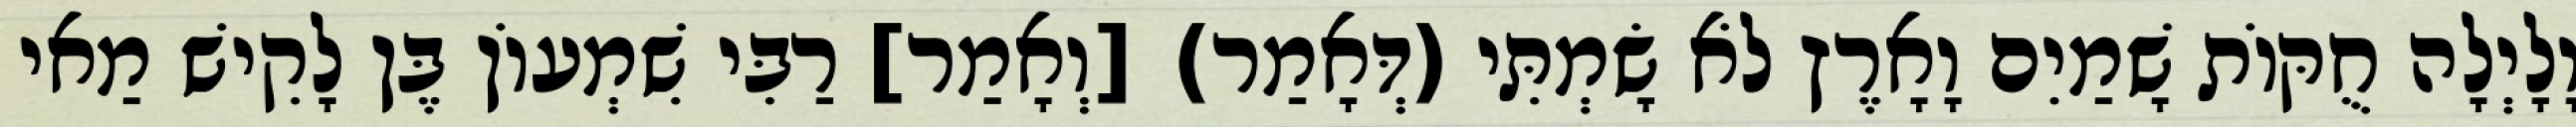
וָלָיְלָה חֻקּוֹת שָׁמַיִם וָאָרֶץ לֹא שָׂמְתִּי (דְּאָמַר) [וְאָמַר] רַבִּי שִׁמְעוֹן בֶּן לָקִישׁ מַאי